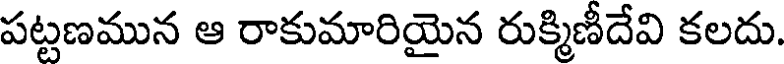
పట్టణమున ఆ రాకుమారియైన రుక్మిణీదేవి కలదు.